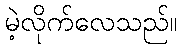
မဲ့လိုက်လေသည်။